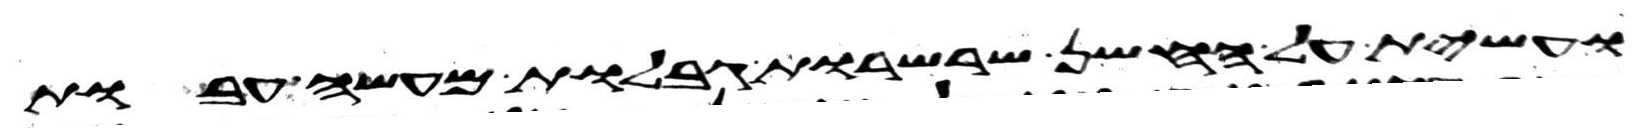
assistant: ועשית על החשן שרשרות גבלות מעשה עבות